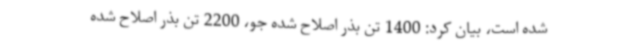
شده است، بیان کرد: 1400 تن بذر اصلاح شده جو، 2200 تن بذر اصلاح شده